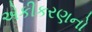
એકીકરણનો